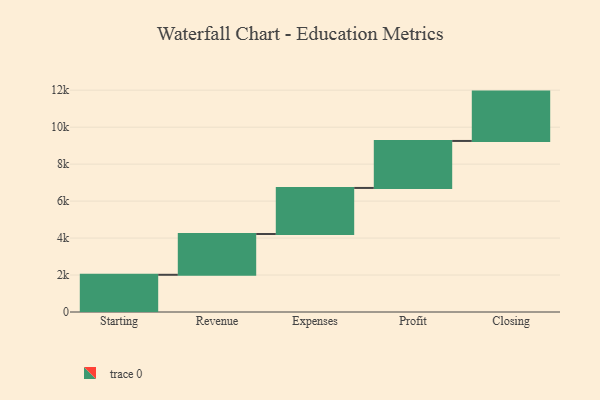
{"axis": {"x": "Step", "y": "Value"}, "legend": [""], "data": [{"x": "Starting", "y": 2013.0, "type": ""}, {"x": "Revenue", "y": 2208.0, "type": ""}, {"x": "Expenses", "y": 2491.0, "type": ""}, {"x": "Profit", "y": 2542.0, "type": ""}, {"x": "Closing", "y": 2670.0, "type": ""}]}